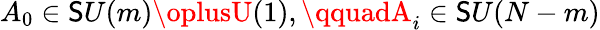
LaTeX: A_{0}\in\mathsf{S}U(m)\oplusU(1),\qquadA_{i}\in\mathsf{S}U(N-m)